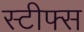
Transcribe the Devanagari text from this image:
स्टीफ्स